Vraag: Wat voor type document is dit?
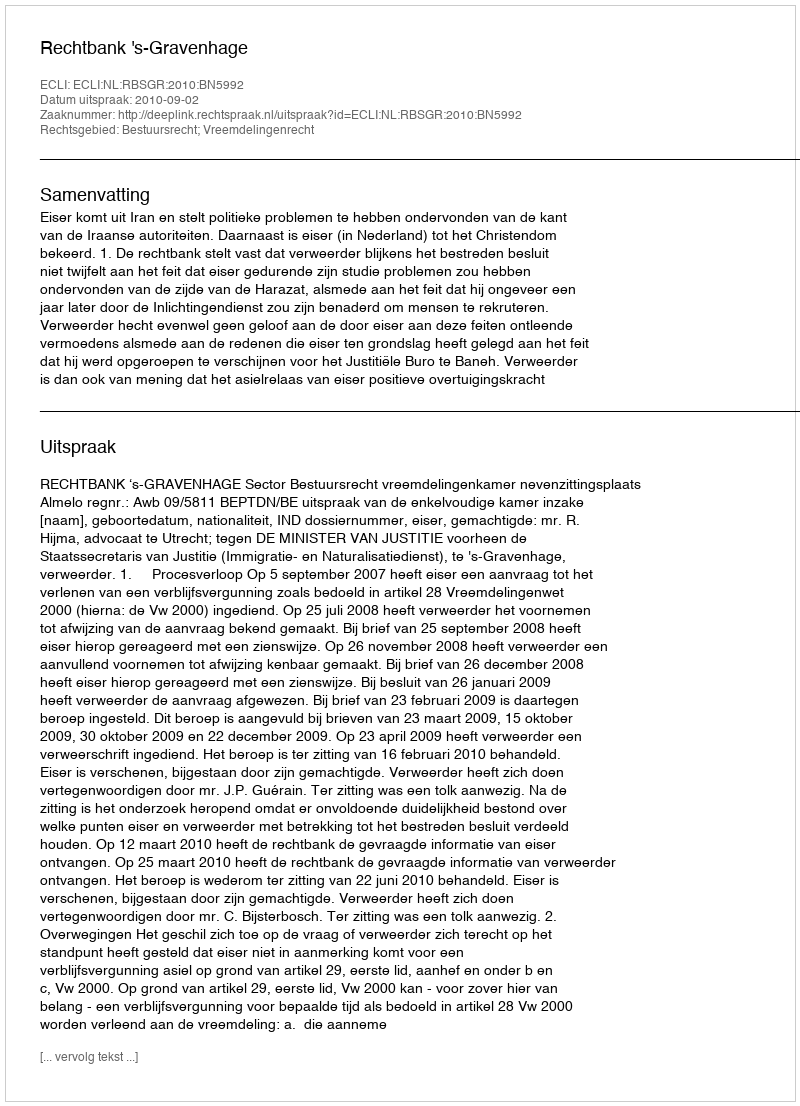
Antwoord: Uitspraak